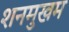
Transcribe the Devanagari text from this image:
शनमुखम